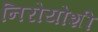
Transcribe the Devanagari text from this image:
निरोयोशी